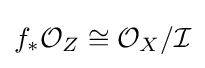
f_{\ast }{\mathcal {O}}_{Z}\cong {\mathcal {O}}_{X}/{\mathcal {I}}